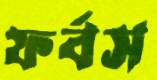
ফর্বস